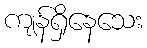
ကျန်ရှိနေသေး